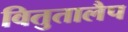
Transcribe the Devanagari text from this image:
वितुतालैप